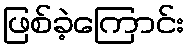
ဖြစ်ခဲ့ကြောင်း